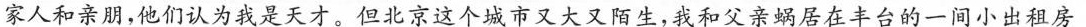
家人和亲朋，他们认为我是天才。但北京这个城市又大又陌生，我和父亲蜗居在丰台的一间小出租房